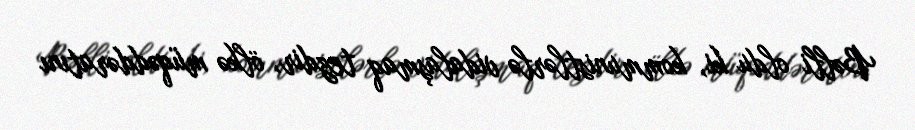
Bəlli oldu ki, kommunistlərlə vidalaşmaq tezdir, ölkə müqəddəratını